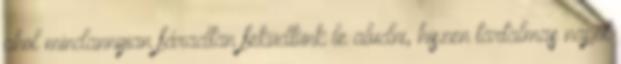
ahol mindannyian fáradtan feküdtünk le aludni, hiszen tartalmas napot